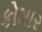
કોમાર